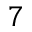
^ { 7 }